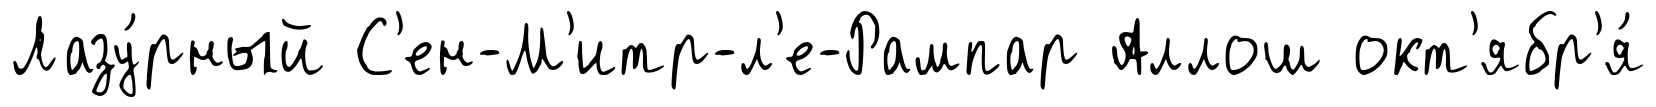
Лазу́рный С'ен-М'итр-л'е-Рампар Аллош окт'ябр'я́